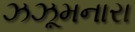
ઝઝૂમનારા